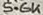
Text: 5.6K